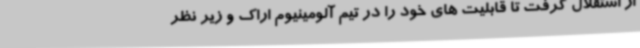
از استقلال گرفت تا قابلیت های خود را در تیم آلومینیوم اراک و زیر نظر